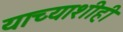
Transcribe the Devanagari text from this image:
याच्याशीही